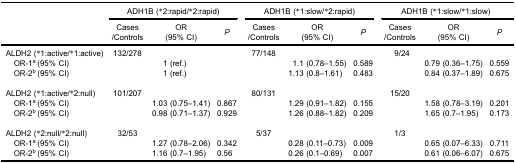
<table><thead><tr><td rowspan="3"><b> </b></td><td colspan="3"><b>ADH1B (*2:rapid/*2:rapid)</b></td><td colspan="3"><b>ADH1B (*1:slow/*2:rapid)</b></td><td colspan="3"><b>ADH1B (*1:slow/*1:slow)</b></td></tr><tr><td><b>Cases/Controls</b></td><td><b>OR (95% CI)</b></td><td><b><i>P</i></b></td><td><b>Cases/Controls</b></td><td><b>OR (95% CI)</b></td><td><b><i>P</i></b></td><td><b>Cases/Controls</b></td><td><b>OR (95% CI)</b></td><td><b><i>P</i></b></td></tr></thead><tbody><tr><td>ALDH2 (*1:active/*1:active)</td><td>132/278</td><td> </td><td> </td><td>77/148</td><td> </td><td> </td><td>9/24</td><td> </td><td> </td></tr><tr><td>​ OR-1<sup>a </sup>(95% CI)</td><td> </td><td>1 (ref.)</td><td> </td><td> </td><td>1.1 (0.78–1.55)</td><td>0.589</td><td> </td><td>0.79 (0.36–1.75)</td><td>0.559</td></tr><tr><td>​ OR-2<sup>b </sup>(95% CI)</td><td> </td><td>1 (ref.)</td><td> </td><td> </td><td>1.13 (0.8–1.61)</td><td>0.483</td><td> </td><td>0.84 (0.37–1.89)</td><td>0.675</td></tr><tr><td> </td><td> </td><td> </td><td> </td><td> </td><td> </td><td> </td><td> </td><td> </td><td> </td></tr><tr><td>ALDH2 (*1:active/*2:null)</td><td>101/207</td><td> </td><td> </td><td>80/131</td><td> </td><td> </td><td>15/20</td><td> </td><td> </td></tr><tr><td>​ OR-1<sup>a </sup>(95% CI)</td><td> </td><td>1.03 (0.75–1.41)</td><td>0.867</td><td> </td><td>1.29 (0.91–1.82)</td><td>0.155</td><td> </td><td>1.58 (0.78–3.19)</td><td>0.201</td></tr><tr><td>​ OR-2<sup>b </sup>(95% CI)</td><td> </td><td>0.98 (0.71–1.37)</td><td>0.929</td><td> </td><td>1.26 (0.88–1.82)</td><td>0.209</td><td> </td><td>1.65 (0.7–1.95)</td><td>0.173</td></tr><tr><td> </td><td> </td><td> </td><td> </td><td> </td><td> </td><td> </td><td> </td><td> </td><td> </td></tr><tr><td>ALDH2 (*2:null/*2:null)</td><td>32/53</td><td> </td><td> </td><td>5/37</td><td> </td><td> </td><td>1/3</td><td> </td><td> </td></tr><tr><td>​ OR-1<sup>a </sup>(95% CI)</td><td> </td><td>1.27 (0.78–2.06)</td><td>0.342</td><td> </td><td>0.28 (0.11–0.73)</td><td>0.009</td><td> </td><td>0.65 (0.07–6.33)</td><td>0.711</td></tr><tr><td>​ OR-2<sup>b </sup>(95% CI)</td><td> </td><td>1.16 (0.7–1.95)</td><td>0.56</td><td> </td><td>0.26 (0.1–0.69)</td><td>0.007</td><td> </td><td>0.61 (0.06–6.07)</td><td>0.675</td></tr></tbody></table>